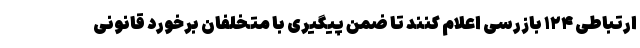
ارتباطی ۱۲۴ بازرسی اعلام کنند تا ضمن پیگیری با متخلفان برخورد قانونی